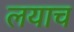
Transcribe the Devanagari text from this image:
लयाच